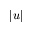
| u |